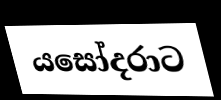
යසෝදරාට